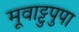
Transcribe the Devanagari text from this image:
मूवाट्टुपुपा